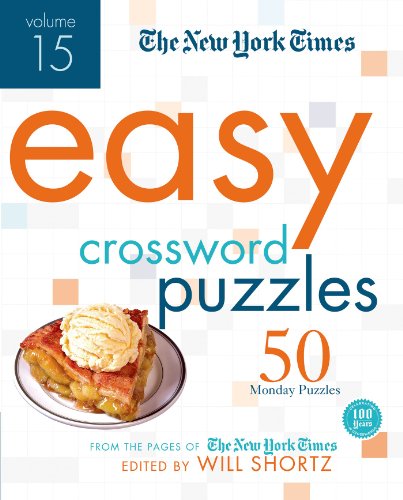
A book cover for The New York Times Easy Crossword Puzzles Volume 15: 50 Monday Puzzles from the Pages of The New York Times; The New York Times; Humor & Entertainment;